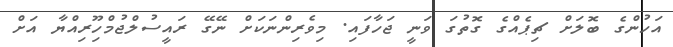
އަހުންގެ ބޮލަށް ޗިޕެއްގެ ގޮތުގަ ވަނީ ޖަހާފައި. މިވެރިންނަކަށް ނޭގޭ ރައީސުލްޖުމްހޫިރިއްޔާ އަށް